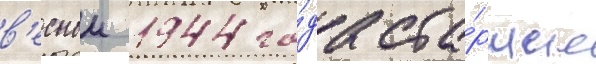
в'еснои 1944 го́да ста́ршие